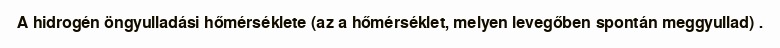
A hidrogén öngyulladási hőmérséklete (az a hőmérséklet, melyen levegőben spontán meggyullad) .